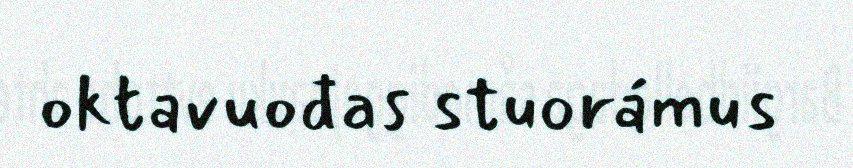
oktavuođas stuorámus